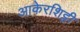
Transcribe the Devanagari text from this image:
आकेरशिट्टी